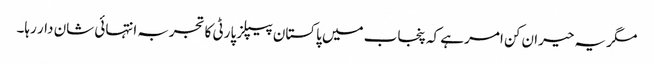
مگر یہ حیران کن امر ہے کہ پنجاب میں پاکستان پیپلز پارٹی کا تجربہ انتہائی شان دار رہا۔